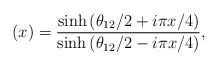
LaTeX: \begin{align*}(x)=\frac{\sinh\left(\theta_{12}/2 +i\pi x/4\right)}{\sinh\left(\theta_{12}/2 - i\pi x/4\right)}, \end{align*}